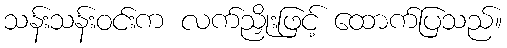
သန်းသန်းဝင်းက လက်ညှိုးဖြင့် ထောက်ပြသည်။